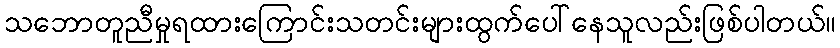
သဘောတူညီမှုရထားကြောင်းသတင်းများထွက်ပေါ်နေသူလည်းဖြစ်ပါတယ်။